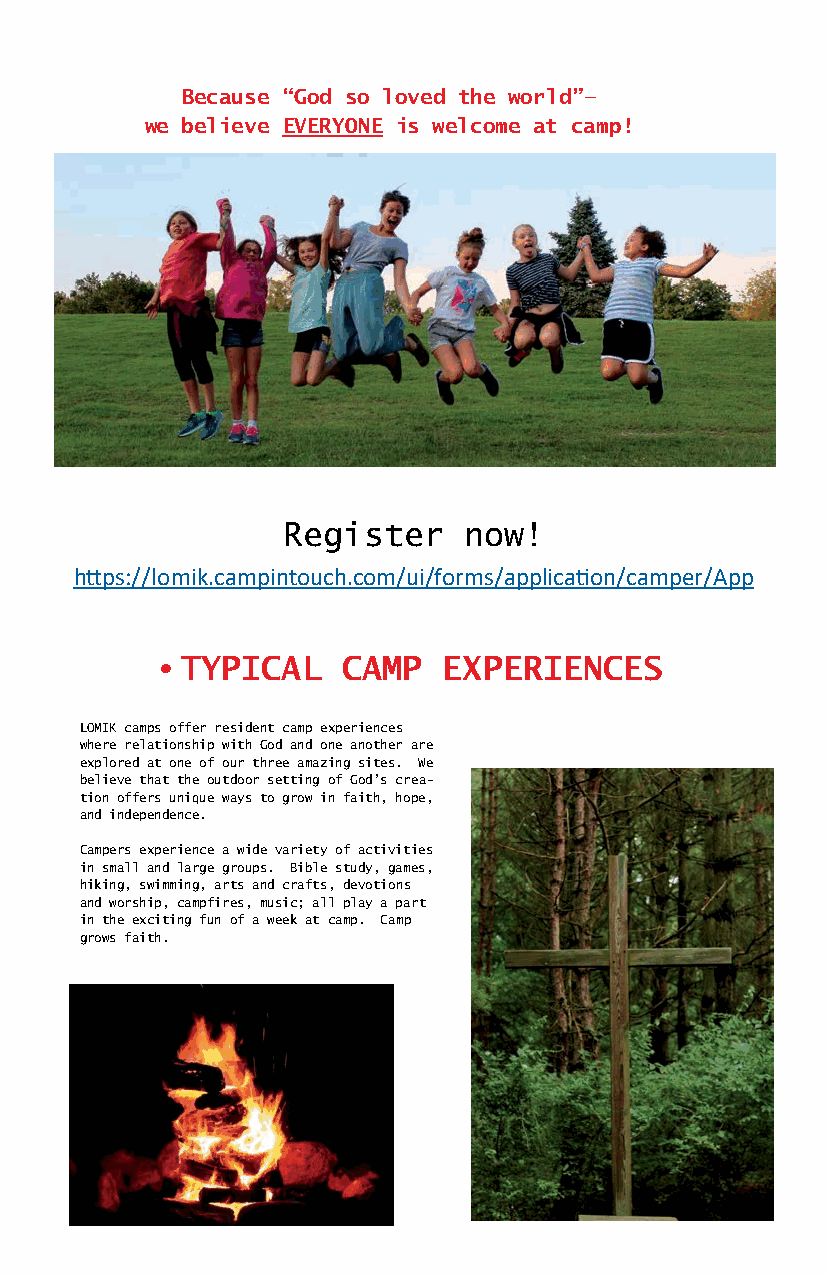
SR. HIGH PED-PAD Because “God so loved the world”—
 (Entering Grades 9-12) we believe EVERYONE is welcome at camp!
 Join us for a canoe, bicycle, and
 tenting adventure around and be-
 tween our 2 northern camps. Begin-
 ning and ending at Lake Luther.
 Participants will need a good
 multi-speed bike and helmet. This
 program is not designed as a seri-
 ous athletic challenge. The focus
 is fun! $380.
 LAKE LUTHER * LUTHERWALD * LUTHER HILLS
 READING CAMP (Entering Grades 3-6)
 A free camp experience with a focus on improving
 reading skills. Mornings are set aside for small
 group learning led by volunteer teachers. The rest Register now!
 of the day is filled with fun camp activities.
 Teacher referral and test scores are requested
 prior to camp.
 https://lomik.campintouch.com/ui/forms/application/camper/App
 • TYPICAL   CAMP  EXPERIENCES
 LOMIK camps offer resident camp experiences
 where relationship with God and one another are
 explored at one of our three amazing sites. We
 believe that the outdoor setting of God’s crea-
 tion offers unique ways to grow in faith, hope,
 and independence.
 Campers experience a wide variety of activities
 in small and large groups. Bible study, games,
 hiking, swimming, arts and crafts, devotions
 and worship, campfires, music; all play a part
 in the exciting fun of a week at camp. Camp
 grows faith.
 CONFIRMATION CAMP (Entering Grades 6-9)
 A week that combines 2 hours of study each day with your pastor and confirmation class
 plus all of the fun camp activities. Confirmation campers register as a group, coordi-
 nated by your local congregation. Check with your pastor for details. $355
 WHY SUMMER CAMP?
 Research is revealing more and more how im-
 portant it is for our young people to spend
 time outside in God’s creation. Time at summer
 camp has lasting impacts on individuals rela-
 tionship with God, other people and all crea-
 tion. Time at camp is an important investment
 in the physical, mental and spiritual welfare
 of our children.